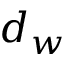
d _ { w }